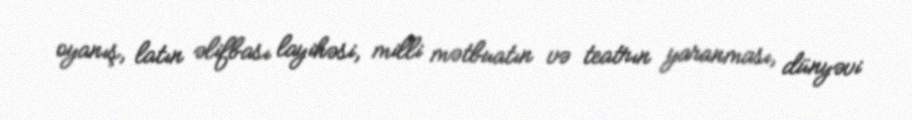
oyanış, latın əlifbası layihəsi, milli mətbuatın və teatrın yaranması, dünyəvi